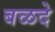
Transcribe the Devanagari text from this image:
बळदे